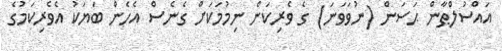
އައްސުލްޠާން ޙަސަން (ނުވަވަނަ) ގެ ވެރިކަން ނިމުމަކަށް ގެނެސް އެހެން ބަޔަކު އެވެރިކަމުގެ